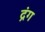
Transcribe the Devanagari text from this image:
द्रंग